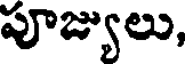
పూజ్యులు,